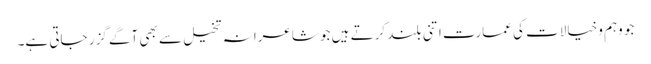
جو وہم وخیالات کی عمارت اتنی بلند کرتے ہیں جو شاعرانہ تخیل سے بھی آگے گزر جاتی ہے۔